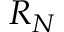
R _ { N }